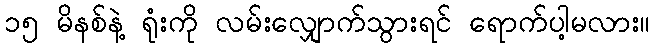
၁၅ မိနစ်နဲ့ ရုံးကို လမ်းလျှောက်သွားရင် ရောက်ပါ့မလား။